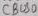
Text: CBUS0